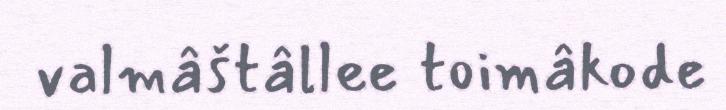
valmâštâllee toimâkode